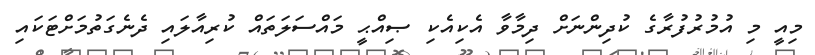
މިއީ މި އުމުރުފުރާގެ ކުދިންނަށް ދިމާވާ އެކިއެކި ޞިއްޙީ މައްސަލަތައް ކުރިއާލައި ދެނެގަތުމަށްޓަކައި